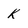
Character: k